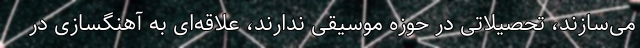
می‌سازند، تحصیلاتی در حوزه موسیقی ندارند، علاقه‌ای به آهنگسازی در